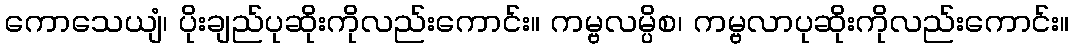
ကောသေယျံ၊ ပိုးချည်ပုဆိုးကိုလည်းကောင်း။ ကမ္ဗလမ္ပိစ၊ ကမ္ဗလာပုဆိုးကိုလည်းကောင်း။